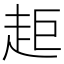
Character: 𧺹